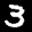
Label: 3